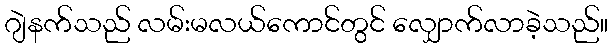
ဂျဲနက်သည် လမ်းမလယ်ကောင်တွင် လျှောက်လာခဲ့သည်။